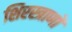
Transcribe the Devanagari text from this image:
शिरस्त्राणों